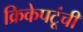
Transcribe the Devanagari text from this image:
क्रिकेपटूंची